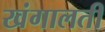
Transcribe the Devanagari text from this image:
खंगालती